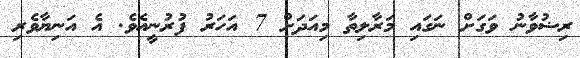
ރިޟުވާނު ވަގަށް ނަގައި މަރާލިތާ މިއަދަށް 7 އަހަރު ފުރުނީއެވެ. އެ އަނިޔާވެރި